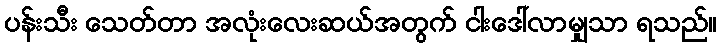
ပန်းသီး သေတ်တာ အလုံးလေးဆယ်အတွက် ငါးဒေါ်လာမျှသာ ရသည်။